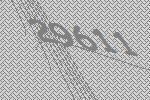
29611